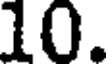
10.